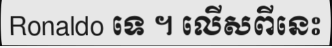
Ronaldo ទេ ។ លើសពីនេះ